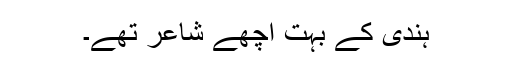
ہندی کے بہت اچھے شاعر تھے۔